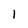
Character: 1